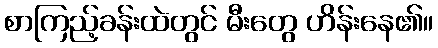
စာကြည့်ခန်းထဲတွင် မီးတွေ ဟိန်းနေ၏။